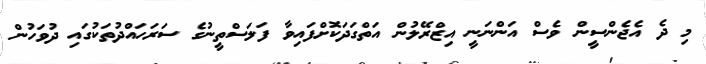
މި ދެ އެޖެންސީން ވެސް އަންނަނީ އިޒްރޭލުން އަތްގަދަކޮށްފައިވާ ފަލަސްތީނުގެ ސަރަހައްދުތަކުގައި ދުވަހުން